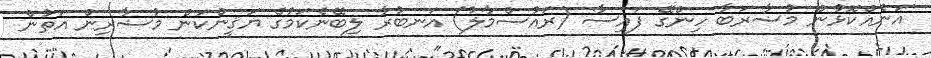
އަނެއްކޮޅުން މުޟާރަބާ ހިންގޭ ފައިސާ (ރައުސްމާލު) އަނބުރާ ލިބޭނެކަމުގެ ޔަޤީންކަން މުޟާރިން އަތުން